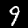
Digit: 9